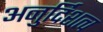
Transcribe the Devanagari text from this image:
अनुर्दिशत्व